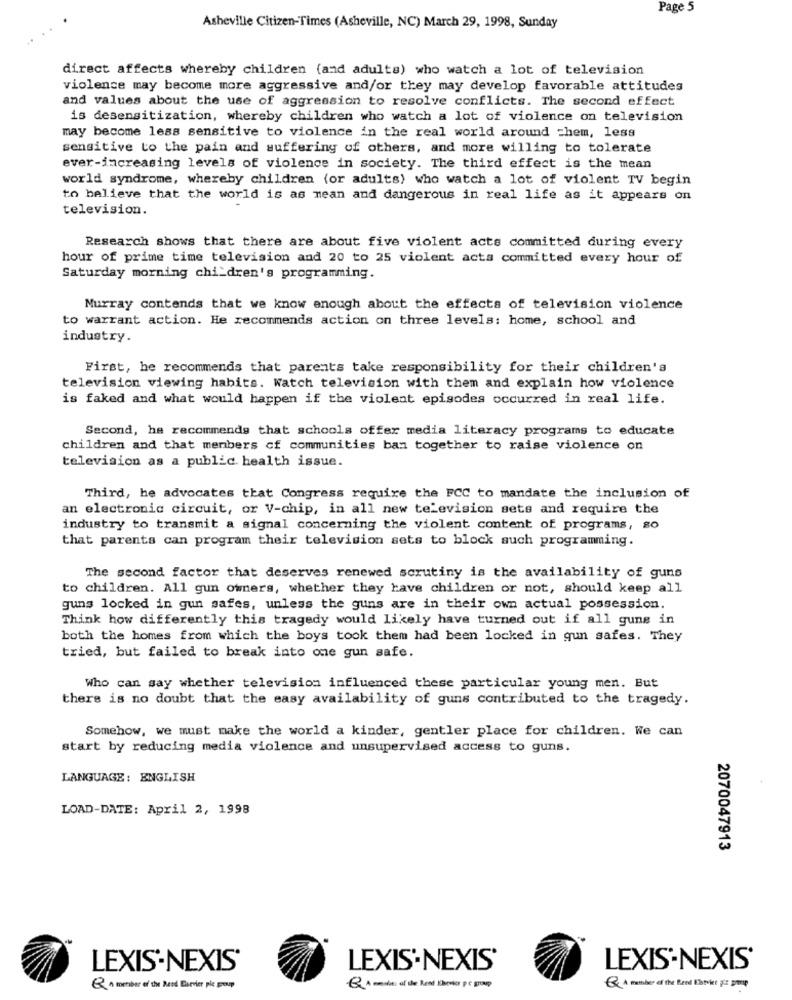
Page 5
Asheville Citizen-Times (Asheville, NC) March 29, 1998, Sunday
direct affects whereby children (and adults) who watch a lot of television
violence may become more aggressive and/or they may develop favorable attitudes
and values about the use of aggression to resolve conflicts. The second effect
is desensitization, whereby children who watch a lot of violence on television
may become less sensitive to violence in the real world around chem, less
sensitive to the pain and suffering of others, and more willing to tolerate
ever-increasing levels of violence in society. The third effect is the mean
world syndrome, whereby children (or adults) who watch a lot of violent TV begin
to believe that the world is as mean and dangerous in real life as it appears on
television.
Research shows that there are about five violent acts committed during every
hour of prime time television and 20 to 25 violent acts committed every hour of
Saturday morning children's programming.
Murray contends that we know enough about the effects of television violence
to warrant action. He recommends action on three levels: home, school and
industry.
First, he recommends that parents take responsibility for their children's
television viewing habits. Watch television with them and explain how violence
is faked and what would happen if the violent episodes occurred in real life.
Second, he recommends that schools offer media literacy programs to educate
children and that members of communities ban together to raise violence on
television as a public health issue.
Third, he advocates that Congress require the FCC to mandate the inclusion of
an electronic circuit, or V-chip, in all new television sets and require the
industry to transmit a signal concerning the violent content of programs, so
that parents can program their television sets to block such programming.
The second factor that deserves renewed scrutiny is the availability of guns
to children. All gun owners, whether they have children or not, should keep all
guns locked in gun safes, unless the guns are in their own actual possession.
Think how differently this tragedy would likely have turned out if all guns in
both the homes from which the boys took them had been locked in gun safes. They
tried, but failed to break into one gun safe.
Who can say whether television influenced these particular young men. But
there is no doubt that the easy availability of guns contributed to the tragedy.
Somehow, we must make the world a kinder, gentler place for children. We can
start by reducing media violence and unsupervised access to guns.
LANGUAGE: ENGLISH
LOAD-DATE: April 2, 1998
2070047913
LEXIS-NEXIS'
LEXIS'.NEXIS'
LEXIS-NEXIS'
Q A member of the Reed Carver ple group
Q A matter of the Reed Clavier gir group